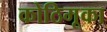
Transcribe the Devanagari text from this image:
कोठिमूका